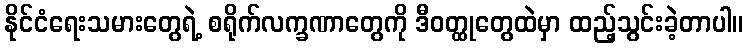
နိုင်ငံရေးသမားတွေရဲ့ စရိုက်လက္ခဏာတွေကို ဒီဝတ္ထုတွေထဲမှာ ထည့်သွင်းခဲ့တာပါ။